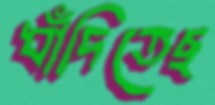
ধাঁদিতেছ